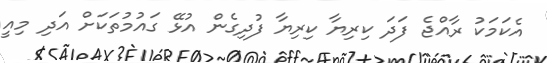
އެކަމަކު ރާއްޖެ ފަދަ ކިރިޔާ ކިރިޔާ ފުދިގެން އުޅޭ ގައުމުތަކަށް އަދި މިއީ